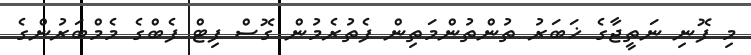
މި ފޮނި ނަތީޖާގެ ޚަބަރު ތުންތުންމަތިން ފެތުރެމުން ގޮސް ފިޓް ފެބްގެ މެމްބަރުންގެ